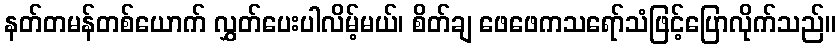
နတ်တမန်တစ်ယောက် လွှတ်ပေးပါလိမ့်မယ်၊ စိတ်ချ ဖေဖေကသရော်သံဖြင့်ပြောလိုက်သည်။